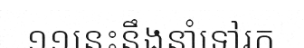
១១នេះនឹងនាំទៅរក